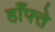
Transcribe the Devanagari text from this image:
हाँफ्ते